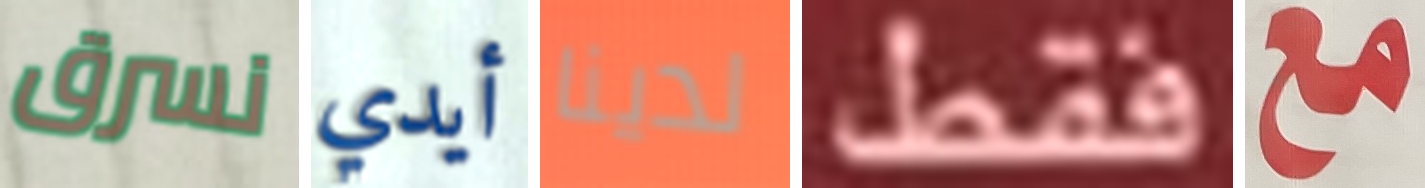
نسرق أيدي لدينا فقط مع